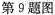
第9题图